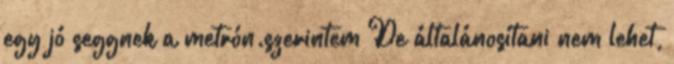
egy jó seggnek a metrón.szerintem De általánosítani nem lehet,